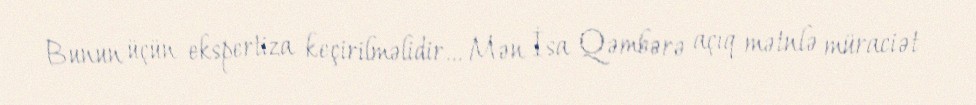
Bunun üçün ekspertiza keçirilməlidir... Mən İsa Qəmbərə açıq mətnlə müraciət